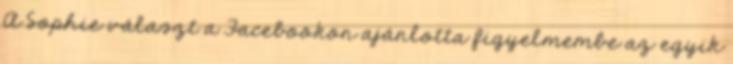
A Sophie választ a Facebookon ajánlotta figyelmembe az egyik